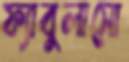
ফ্যাবুলাসো